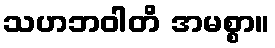
သဟဘဝါတိ အမစ္စာ။